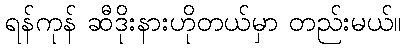
ရန်ကုန် ဆီဒိုးနားဟိုတယ်မှာ တည်းမယ်။